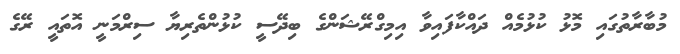
މުބާރާތުގައި މޮޅު ކުޅުމެއް ދައްކާފައިވާ އިމިގްރޭޝަންގެ ބިދޭސީ ކުޅުންތެރިޔާ ސިރްމަނީ އޮތައީ ރޭގެ